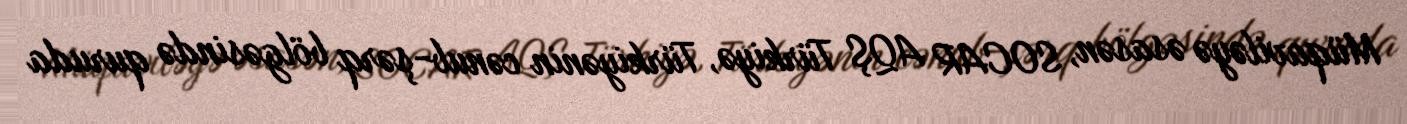
Müqaviləyə əsasən, SOCAR AQŞ Türkiyə, Türkiyənin cənub-şərq bölgəsində quruda